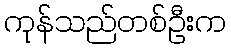
ကုန်သည်တစ်ဦးက